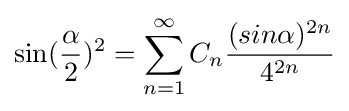
\sin({\frac {\alpha }{2}})^{2}=\sum _{n=1}^{\infty }C_{n}{\frac {(sin\alpha )^{2n}}{4^{2n}}}